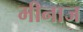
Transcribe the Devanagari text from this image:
मीनाज